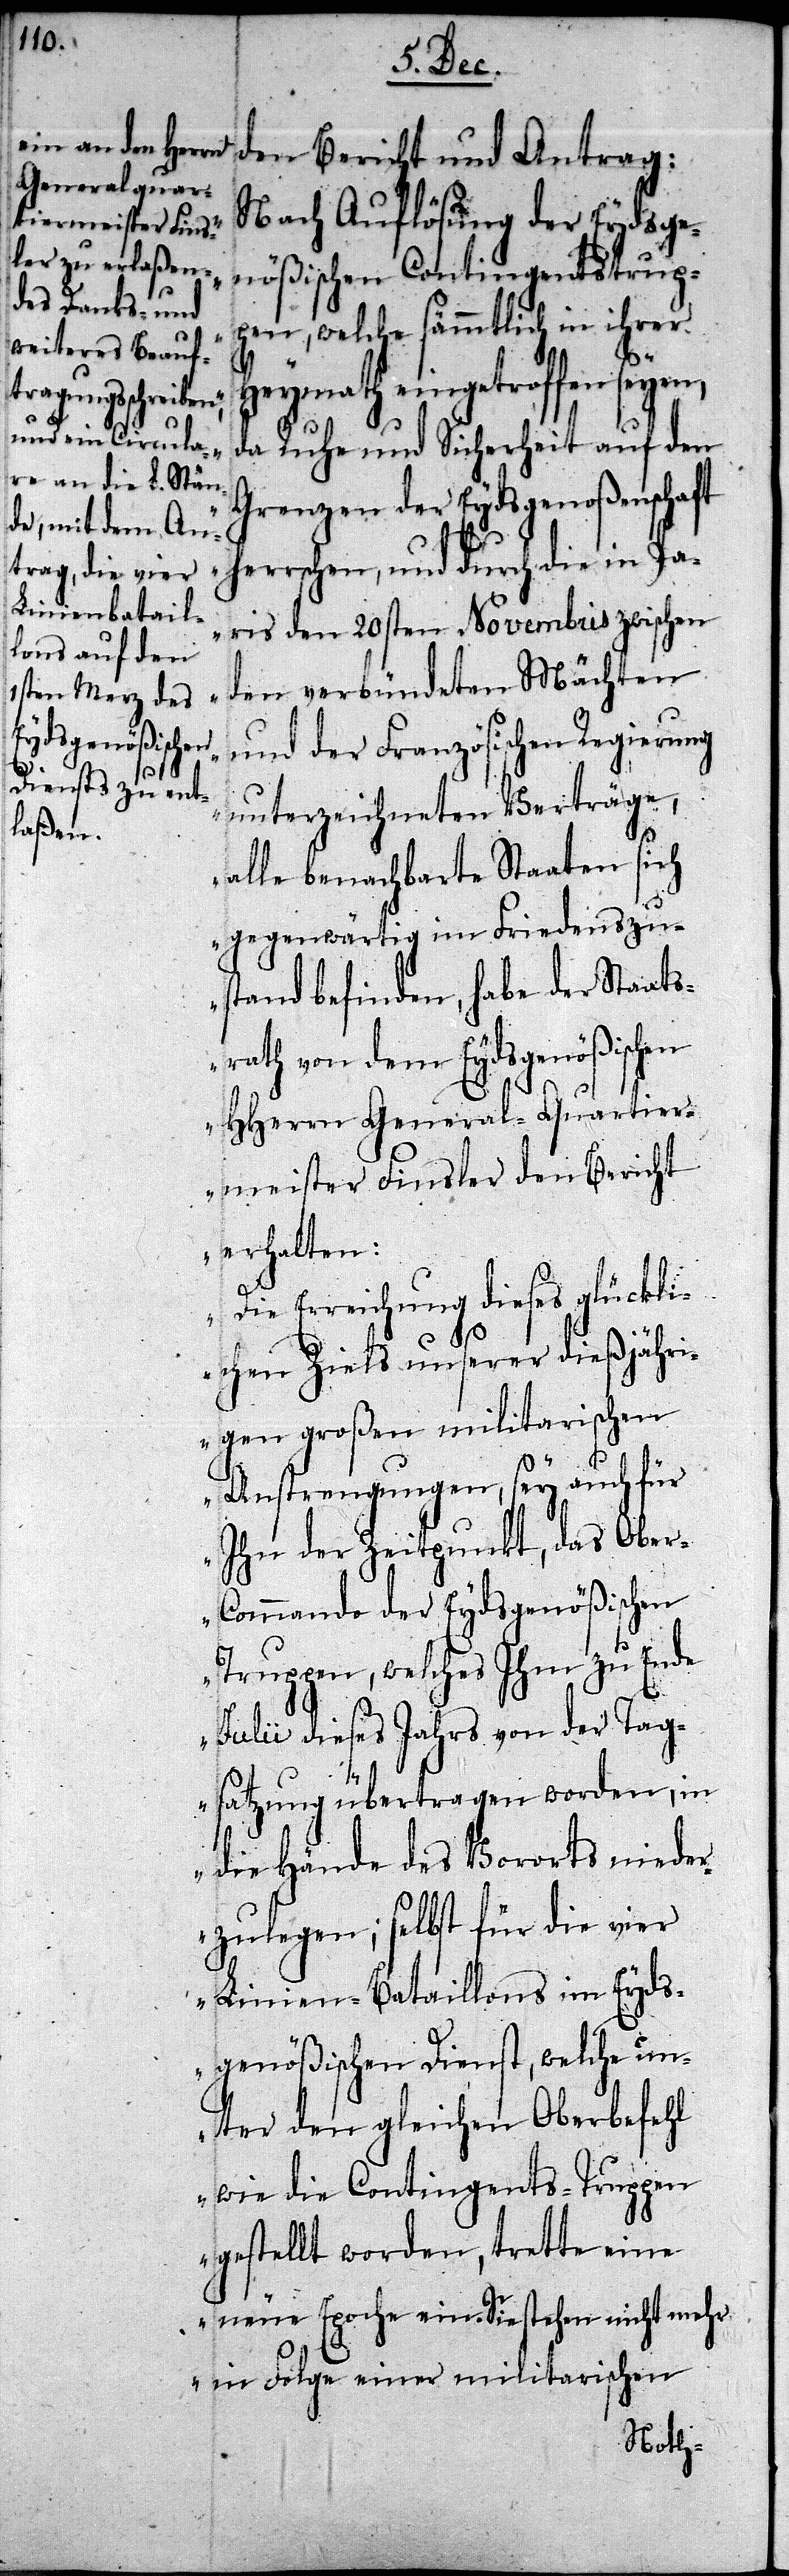
den Bericht und Antrag:
„Nach Auflösung der Eydsge¬
nößischen Contingentstrup¬
pen, welche sämmtlich in ihrer
Heymath eingetroffen seyen,
da Ruhe und Sicherheit auf den
Grenzen der Eydsgenoßenschaft
herrschen, und durch die in Pa¬
ris den 20sten Novembris zwischen
den verbündeten Mächten
und der Französischen Regierung
unterzeichneten Verträge,
alle benachbarte Staaten sich
gegenwärtig im Friedenszu¬
stand befinden, habe der Staats¬
rath von dem Eydsgenößischen
HHerrn General-Quartier¬
meister Finsler den Bericht
erhalten:
Erreichung dieses glückli¬
chen Ziels unserer dießjähri¬
gen großen militarischen
Anstrengungen, sey auch für
Ihn der Zeitpunkt, das Ober-C¬
ommando der Eydsgenößischen
Truppen, welches Ihm zu Ende
Julii dieses Jahrs von der Tag¬
satzung übertragen worden, in
die Hände des Vororts nieder¬
zulegen; selbst für die vier
Linien-Bataillons im Eyds¬
genößischen Dienst, welche un¬
ter den gleichen Oberbefehl
wie die Contingents-Truppen
gestellt worden, trette eine
neue Epoche ein. Sie stehen nicht mehr
in Folge einer militarischen